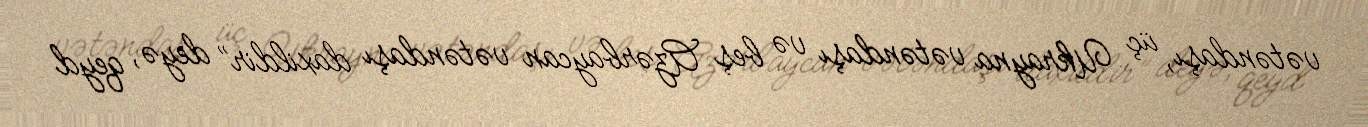
vətəndaşı, üç Ukrayna vətəndaşı və beş Azərbaycan vətəndaşı daxildir” deyə, qeyd